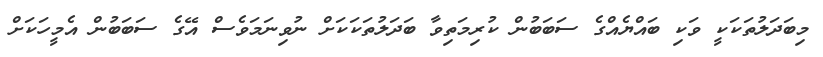
މިބަދަލުތަކަކީ ވަކި ބައްޔެއްގެ ސަބަބުން ކުރިމަތިވާ ބަދަލުތަކަކަށް ނުވިނަމަވެސް އޭގެ ސަބަބުން އެމީހަކަށް